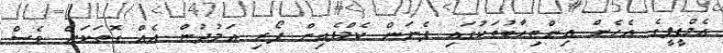
އެމްޑީޕީގެ އެހެން އިންތިހާބުތަކުގައި ފެނަން ކެމްޕެއިން ފޯރި އަމުދުން އެއް ގޮތަކަށް ވެސް